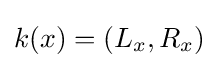
k(x)=(L_{x},R_{x})